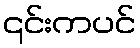
၎င်းကပင်